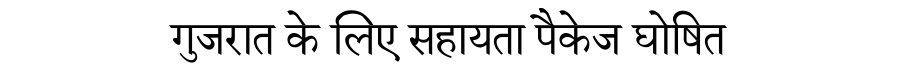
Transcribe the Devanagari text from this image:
गुजरात के लिए सहायता पैकेज घोषित